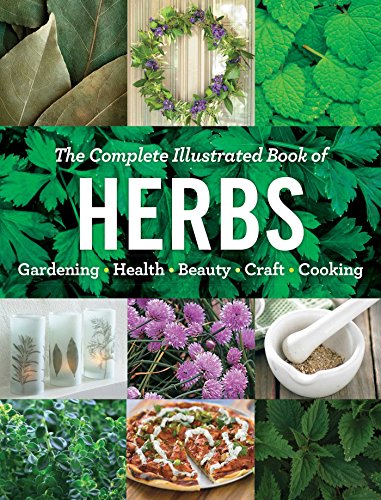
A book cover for The Complete Illustrated Book of Herbs: Growing  Health & Beauty  Cooking  Crafts; Editors at Reader's Digest; Crafts, Hobbies & Home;